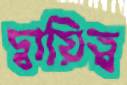
দ্বায়িত্ব